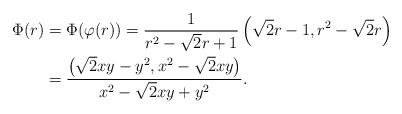
\begin{align*}\Phi(r) &= \Phi(\varphi(r)) =\frac1{r^2 - \sqrt2 r + 1}\left(\sqrt2 r - 1, r^2 - \sqrt2 r\right) \\&= \frac{\left(\sqrt 2 xy - y^2, x^2 -\sqrt 2 xy \right)}{x^2 -\sqrt 2 xy + y^2}.\end{align*}